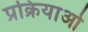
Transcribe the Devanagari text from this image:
प्रक्रियाओँ